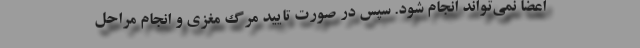
اعضا نمی‌تواند انجام شود. سپس در صورت تایید مرگ مغزی و انجام مراحل